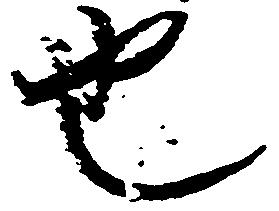
也